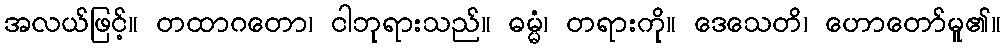
အလယ်ဖြင့်။ တထာဂတော၊ ငါဘုရားသည်။ ဓမ္မံ၊ တရားကို။ ဒေသေတိ၊ ဟောတော်မူ၏။